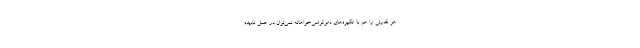
هر قدرتی را هم با انگیزه‌های دموکراسی‌خواهانه نمی‌توان در عمل نادیده